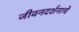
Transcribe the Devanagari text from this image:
जीवनदर्शनाचे